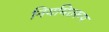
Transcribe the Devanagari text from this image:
नियमितरूप